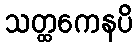
သတ္ထကေနပိ